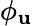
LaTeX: \phi_{\mathbf{u}}